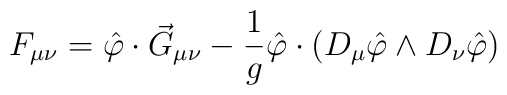
F_{\mu\nu} = \hat\varphi\cdot\vec G_{\mu\nu} - \frac{1}{g}\hat\varphi\cdot\left( D_\mu\hat\varphi \wedge D_\nu \hat\varphi\right)